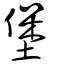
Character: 堡